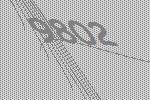
9802